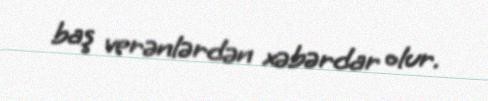
baş verənlərdən xəbərdar olur.